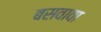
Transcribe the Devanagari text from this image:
बसवावा